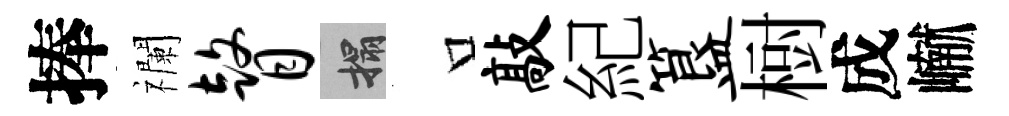
捧襴瞽搨口敲紀簋𣗳成𪩘